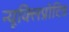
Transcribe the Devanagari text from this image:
न्यूक्लिप्रोटिड